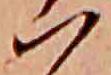
ハ